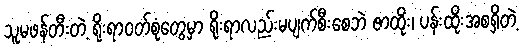
သူမဖန်တီးတဲ့ ရိုးရာဝတ်စုံတွေမှာ ရိုးရာလည်းမပျက်စီးစေဘဲ ဇာထိုး၊ ပန်းထိုးအစရှိတဲ့